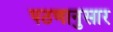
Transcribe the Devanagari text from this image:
पठणानुसार